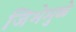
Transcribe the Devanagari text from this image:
जिभेमुळे